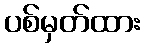
ပစ်မှတ်ထား